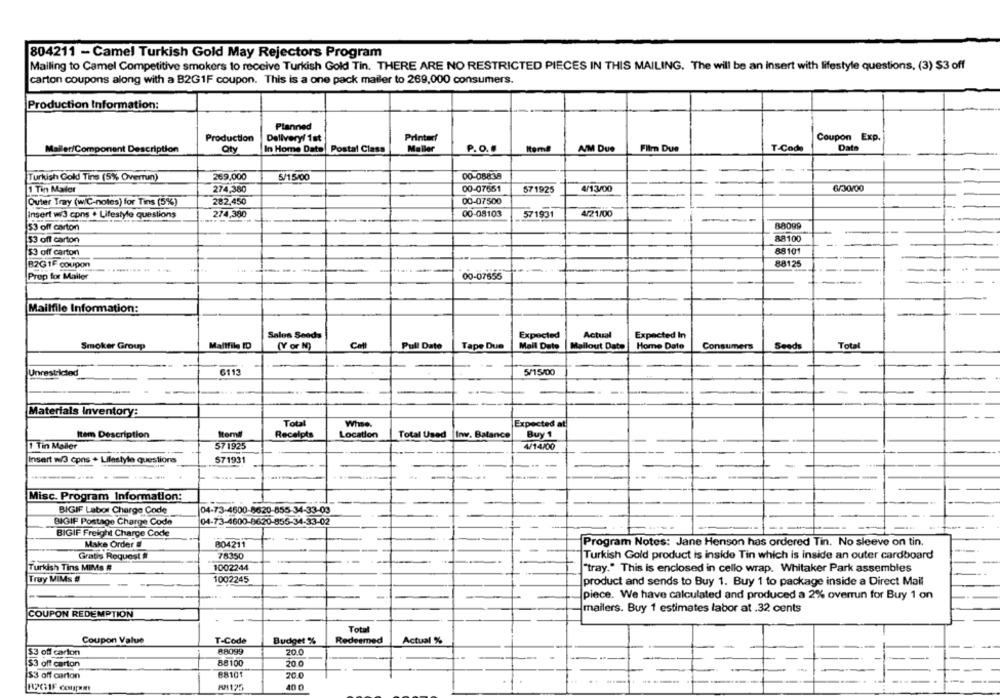
804211 - Camel Turkish Gold May Rejectors Program
Mailing to Camel Competitive smokers to receive Turkish Gold Tin. THERE ARE NO RESTRICTED PIECES IN THIS MAILING. The will be an Insert with lifestyle questions, (3) $3 off
carton coupons along with a B2G1F coupon. This is a one pack mailer to 269,000 consumers.
Production Information:
Planned
Production
Delivery/ 1st
Printer!
Coupon Exp.
T-Code
Data
Mailer/Component Description
Qty
In Home Date Postal Class
Maller
P. O.
AIM Due
Film Due
00-08838
Turkish Gold Tine (5% Overrun)
269,000
6/15/00
274,380
00-07651
571925
4/13/00
6/30/00
1 Tin Maler
Outer Tray (w/C-notes) for Tins (5%)
282,450
00-07500
Insert wis cons . Lifestyle questions
274,380
00-08103
571931
4/21/00
53 off carton
88099
88100
53 off carton
88101
53 off carton
B2GIF coupon
88125
Prep for Mailer
00-07655
Mailfile Information:
Sales Seeds
Expected
Actual
Expected In
Smoker Group
Maltfile ID
(Y or N)
Pull Dato
Tape Due
Mail Date
Mallout Dato
Home Date
Consumers
Seeds
Tota
Unrestricted
6113
5/15/00
Materials Inventory:
Total
Whse.
Expected at
Item Description
Total Used
Inv. Balance
Buy 1
Receipts
Location
Tin Mailer
57 1925
4/14/00
Insert w/3 cons + Lifestyle questions
571931
Misc. Program Information:
BIGIF Labor Charge Code
04-73-4600-8620-855-34-33-03
BIGIF Postage Charge Code
04-73-4600-8620-855-34-33-02
BIGIF Freight Charge Code
Make Order #
804211
Program Notes: Jane Henson has ordered Tin. No sleeve on tin.
Gratis Request #
78350
Turkish Gold product is inside Tin which is inside an outer cardboard
1002244
Turkish Tins MIMs #
"tray." This is enclosed in cello wrap. Whitaker Park assembles
Troy MIMs #
1002245
product and sends to Buy 1. Buy 1 to package inside a Direct Mail
piece. We have calculated and produced a 2% overrun for Buy 1 on
mailers. Buy 1 estimates labor at .32 cents
COUPON REDEMPTION
-
Total
Coupon Value
T-Code
Budget %
Redeemed
Actual %
53 off carton
88099
20.0
$3 off carton
88100
20 0
$3 off carton
88101
20.0
RPG1F conpm
101125